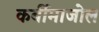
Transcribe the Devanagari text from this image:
कर्बीमाजोल